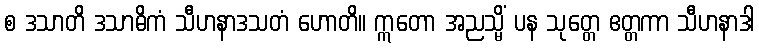
စ ဒသာတိ ဒသာဓိကံ သီဟနာဒသတံ ဟောတိ။ ဣတော အညသ္မိံ ပန သုတ္တေ ဧတ္တကာ သီဟနာဒါ